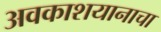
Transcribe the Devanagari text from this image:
अवकाशयानाचा